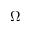
\ensuremath { \Omega }